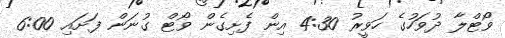
ވޯޓްލާ ދުވަހުގެ ހަވީރު 4:30 އިން ފެށިގެން ވޯޓް ގުނަން ފަށައި 6:00